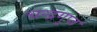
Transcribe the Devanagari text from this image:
चन्‍द्रगुप्‍त